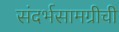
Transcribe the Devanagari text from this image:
संदर्भसामग्रीची